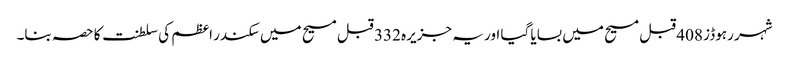
شہر رہوڈز 408 قبل مسیح میں بسایا گیا اور یہ جزیرہ 332 قبل مسیح میں سکندر اعظم کی سلطنت کا حصہ بنا۔